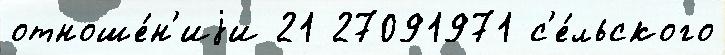
отноше́н'иjи 21 27091971 с'е́льского